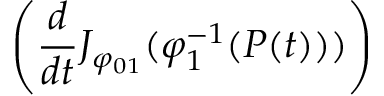
\left( { \frac { d } { d t } } J _ { \varphi _ { 0 1 } } ( \varphi _ { 1 } ^ { - 1 } ( P ( t ) ) ) \right)